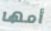
أمها